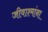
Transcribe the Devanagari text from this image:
जीवाश्मांना